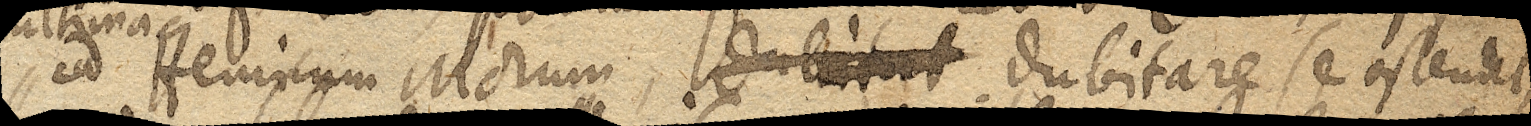
ad Henricum Morum, dubitat dubitare se ostendit,